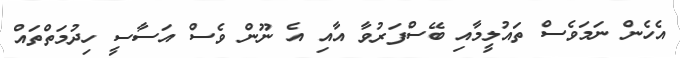
އެހެން ނަމަވެސް ތައުލީމާއި ބޭސްފަރުވާ އާއި އެ ނޫން ވެސް އަސާސީ ހިދުމަތްތައް